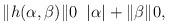
LaTeX: \begin{align*}\Vert h(\alpha, \beta)\Vert \-0 \;\; \vert \alpha \vert + \Vert \beta \Vert\- 0,\end{align*}